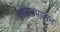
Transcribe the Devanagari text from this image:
शासनपालन